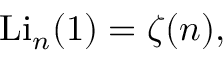
\mathrm { L i } _ { n } ( 1 ) = \zeta ( n ) ,